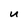
Character: U